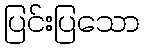
ပြင်းပြသော